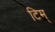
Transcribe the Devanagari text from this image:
टिम्‌